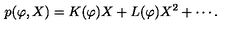
p ( \varphi , X ) = K ( \varphi ) X + L ( \varphi ) X ^ { 2 } + \cdots .